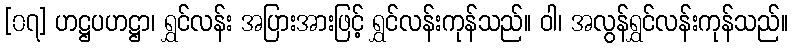
[၀၇] ဟဋ္ဌပဟဋ္ဌာ၊ ရွှင်လန်း အပြားအားဖြင့် ရွှင်လန်းကုန်သည်။ ဝါ၊ အလွန်ရွှင်လန်းကုန်သည်။